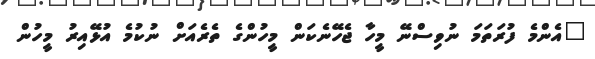
"އެންމެ ފުރަތަމަ ނުވިސްނޭ މީހާ ޖެހޭނެކަން މީހުންގެ ތެރެއަށް ނުކުމެ އުޅޭއިރު މީހުން